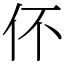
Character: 伓